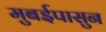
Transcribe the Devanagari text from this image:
मुबईपासुन